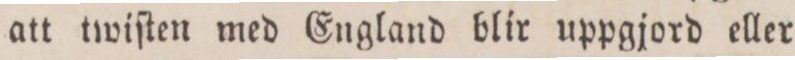
att twiſten med England blir uppgjord eller